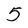
Character: 5